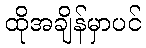
ထိုအချိန်မှာပင်